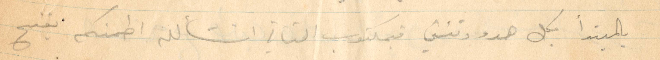
بالمبتدأ بكل هدوء وتئني فبمكتوب الثاني انشالله اطمنكم يفتح